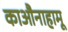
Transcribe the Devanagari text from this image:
काऔनाहामू